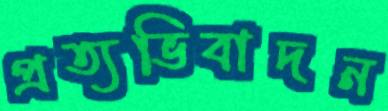
প্রত্যভিবাদন